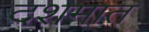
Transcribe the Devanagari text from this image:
दशमात